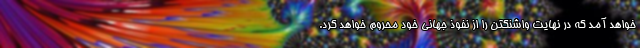
خواهد آمد که در نهایت واشنگتن را از نفوذ جهانی خود محروم خواهد کرد.